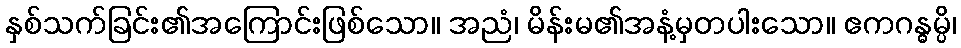
နှစ်သက်ခြင်း၏အကြောင်းဖြစ်သော။ အညံ၊ မိန်းမ၏အနံ့မှတပါးသော။ ဧကဂန္ဓမ္ပိ၊